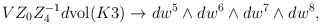
\begin{align*}VZ_{0}Z_{4}^{-1}d{\rm vol}(K3)\to dw^{5}\wedge dw^{6}\wedge dw^{7}\wedge dw^{8},\end{align*}